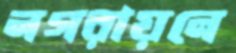
নগরায়নে